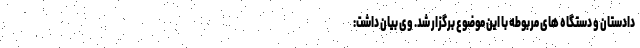
دادستان و دستگاه های مربوطه با این موضوع برگزار شد. وی بیان داشت: